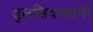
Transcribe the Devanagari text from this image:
तुलसिदासांनी